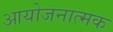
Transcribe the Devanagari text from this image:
आयोजनात्मक